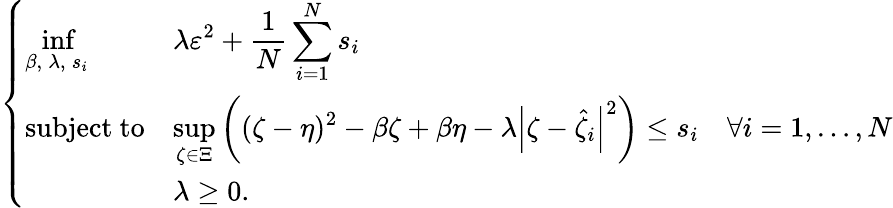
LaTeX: \begin{array}{r}{\left\{ \begin{array}{lll}{{\displaystyle\operatorname*{inf}_{\beta,\: \lambda,\: s_{i}}}}&{{\displaystyle\lambda\varepsilon^{2}+\frac{1}{N}\sum_{i=1}^{N}s_{i}}}\\ {\mathrm{subject~to}}&{{\displaystyle\operatorname*{sup}_{\zeta\in\Xi}\left((\zeta-\eta)^{2}-\beta\zeta+\beta\eta-\lambda\left|\zeta-\widehat{\zeta}_{i}\right|^{2}\right)\leq s_{i}}}&{\forall i=1,\ldots,N}\\ &{\lambda\geq 0.}\end{array}\right.}\end{array}